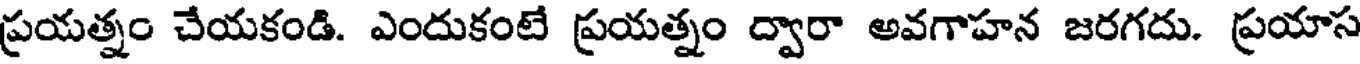
ప్రయత్నం చేయకండి. ఎందుకంటే ప్రయత్నం ద్వారా అవగాహన జరగదు. ప్రయాస